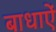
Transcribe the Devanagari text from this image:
बाधाऐं